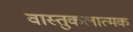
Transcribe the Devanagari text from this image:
वास्तुकलात्मक